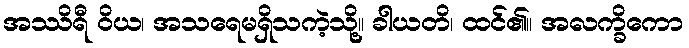
အဿိရီ ဝိယ၊ အသရေမရှိသကဲ့သို့။ ခါယတိ၊ ထင်၏။ အလက္ခိကော